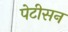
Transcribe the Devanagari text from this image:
पेटीसन